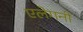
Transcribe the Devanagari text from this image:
एलेगनी